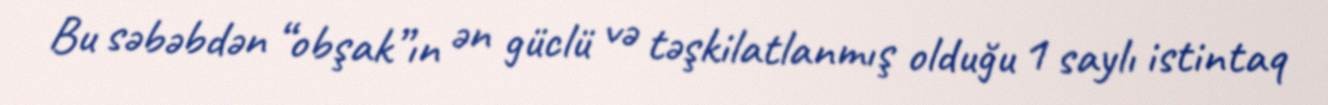
Bu səbəbdən “obşak”ın ən güclü və təşkilatlanmış olduğu 1 saylı istintaq